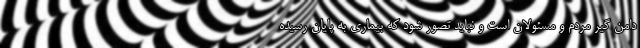
دامن گیر مردم‌ و مسئولان است و نباید تصور شود که بیماری به پایان رسیده